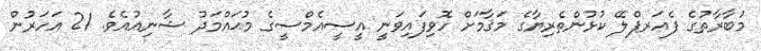
މުބާރާތުގެ ފެއަރޕްލޭ ކުޅުންތެރިޔާގެ މަޤާމަށް ހޮވިފައިވަނީ އީސީއެމްސީގެ މުޙައްމަދު ޝާނިއުއެވެ. 21 އަހަރުން